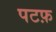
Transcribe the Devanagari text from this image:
पटफ़